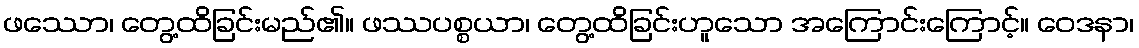
ဖဿော၊ တွေ့ထိခြင်းမည်၏။ ဖဿပစ္စယာ၊ တွေ့ထိခြင်းဟူသော အကြောင်းကြောင့်။ ဝေဒနာ၊